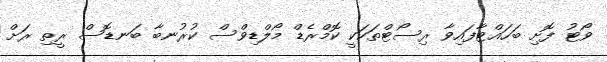
ވޯޓު ފޮށި ބަހައްޓާފައިވާ ރިސޯޓްތަކަކީ ކޮމްރެޑް މޯލްޑިވްސް ކުރުނބާ ބަނޑޮސް ރީތި ރަށް